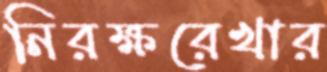
নিরক্ষরেখার